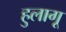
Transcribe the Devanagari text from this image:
हुलागू